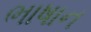
ભાષાન